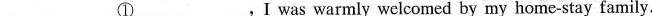
\underline{①},I was warmly welcomed by my home-stay family.